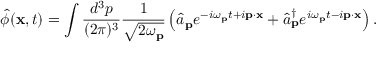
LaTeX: { \hat { \phi } } ( \mathbf { x } , t ) = \int { \frac { d ^ { 3 } p } { ( 2 \pi ) ^ { 3 } } } { \frac { 1 } { \sqrt { 2 \omega _ { \mathbf { p } } } } } \left( { \hat { a } } _ { \mathbf { p } } e ^ { - i \omega _ { \mathbf { p } } t + i \mathbf { p } \cdot \mathbf { x } } + { \hat { a } } _ { \mathbf { p } } ^ { \dagger } e ^ { i \omega _ { \mathbf { p } } t - i \mathbf { p } \cdot \mathbf { x } } \right) .